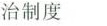
治制度